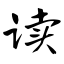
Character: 读